Leaving Certificate Examination (including Day School Certificate (Higher) General paper), 1928
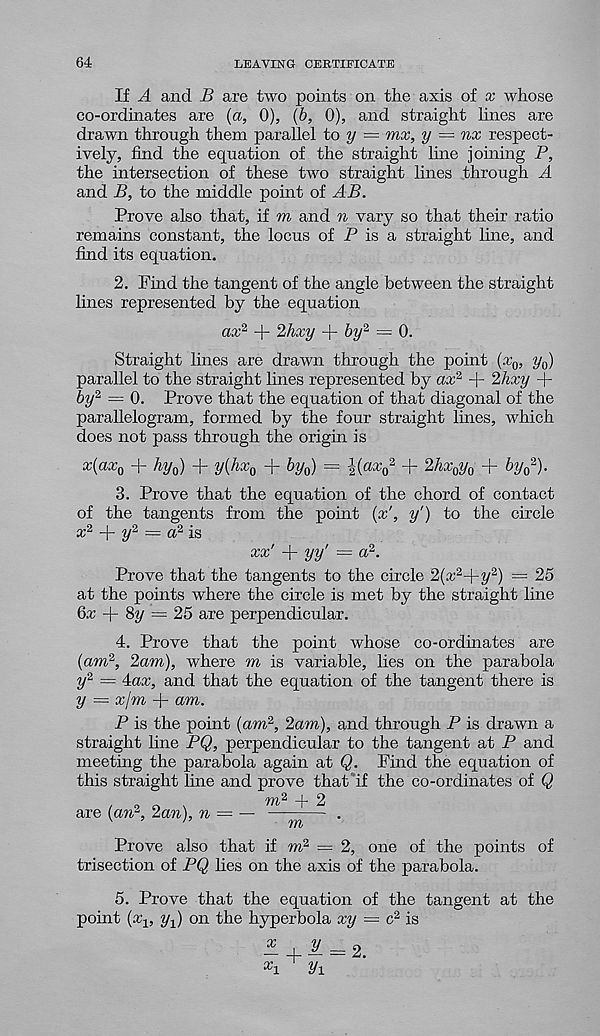
64
LEAVING CERTIFICATE
If A and B are two points on the axis of x whose
co-ordinates are {a, 0), (b, 0), and straight lines are
drawn through them parallel to y = mx, y — nx respect-
ively, find the equation of the straight line joining P,
the intersection of these two straight lines through A
and B, to the middle point of AB.
Prove also that, if m and n vary so that their ratio
remains constant, the locus of P is a straight line, and
find its equation.
2. Find the tangent of the angle between the straight
lines represented by the equation
ax* -j- 2hxy -f- 6y 2 = 0.
Straight lines are drawn through the point (x 0 , y a )
parallel to the straight lines represented by ax 2 + 2hxy +
by 2 = 0. Prove that the equation of that diagonal of the
parallelogram, formed by the four straight lines, which
does not pass through the origin is
x(ax Q + Ay 0 ) + yi hx o + %o) = ii ax o 2 + ^xoVo + ho 2 )-
3. Prove that the equation of the chord of contact
of the tangents from the point (x', y') to the circle
x 2
y 2 = a 2 is
xx' + yy' — a 2 .
Prove that the tangents to the circle 2(x 2~[ -y 2 ) — 25
at the points where the circle is met by the straight line
6cc -f- 8y = 25 are perpendicular.
4. Prove that the point whose co-ordinates are
(am 2 , 2am), where m is variable, lies on the parabola
y 2 = Pxx, and that the equation of the tangent there is
y — xjm + am.
P is the point (am 2 , 2am), and through P is drawn a
straight line PQ, perpendicular to the tangent at P and
meeting the parabola again at Q. Find the equation of
this straight line and prove that if the co-ordinates of Q
/ „ o \
m 2 + 2
are (amq zan), n = — ——— .
Prove also that if m 2 = 2, one of the points of
trisection of PQ lies on the axis of the parabola.
5. Prove that the equation of the tangent at the
point (aq, y 1 ) on the hyperbola xy = c 2 is
^ , 2/ _ o